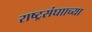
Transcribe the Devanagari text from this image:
राष्ट्रसंघााच्या